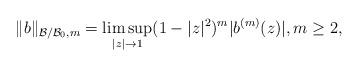
LaTeX: \begin{align*}\| b \|_{\mathcal B/\mathcal B_0, m} = \limsup_{|z| \to 1} (1-|z|^2)^m |b^{(m)}(z)|, m \ge 2,\end{align*}